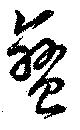
蠻